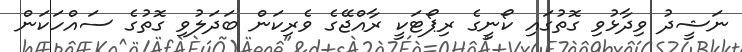
ނަޝީދު ވިދާޅުވި ގޮތުގައި ކޯނީގެ ރިޕޯޓަކީ ރާއްޖޭގެ ވެރިކަން ބަދަލުވި ގޮތުގެ ސައްހަކަން